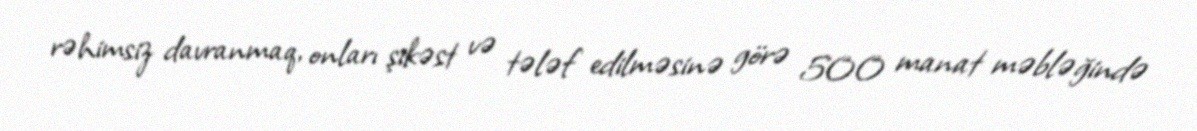
rəhimsiz davranmaq, onları şikəst və tələf edilməsinə görə 500 manat məbləğində